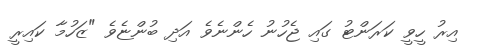
އިރު ހީވީ ކަރަންޓު ގައި ޖެހުނު ހެންނެވެ އަދި ބުންޏެވެ "ޒަހުމާ ކައިރީ